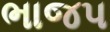
ભાજપ